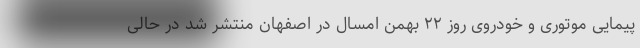
پیمایی موتوری و خودروی روز ۲۲ بهمن امسال در اصفهان منتشر شد در حالی